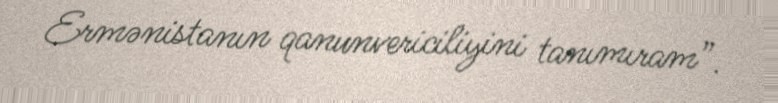
Ermənistanın qanunvericiliyini tanımıram”.